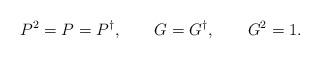
LaTeX: \begin{align*}P^2=P=P^\dagger,\qquad G=G^\dagger,\qquad G^2=1.\end{align*}